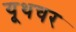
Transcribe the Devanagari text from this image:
यूथचर